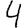
Digit: 4